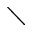
\diagdown